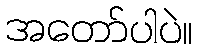
အတော်ပါပဲ။